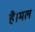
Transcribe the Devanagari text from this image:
है।मल